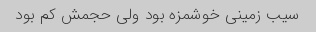
سیب زمینی خوشمزه بود ولی حجمش کم بود